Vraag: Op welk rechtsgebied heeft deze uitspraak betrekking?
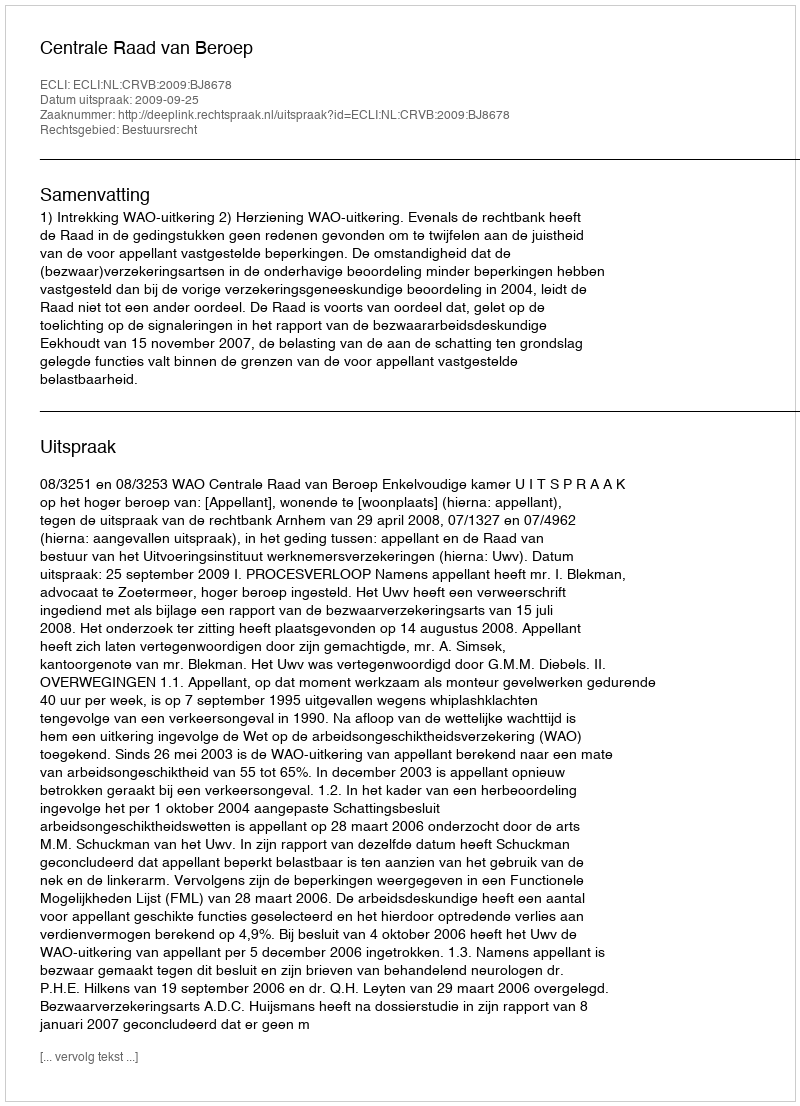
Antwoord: Bestuursrecht